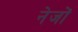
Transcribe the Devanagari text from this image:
नेजों